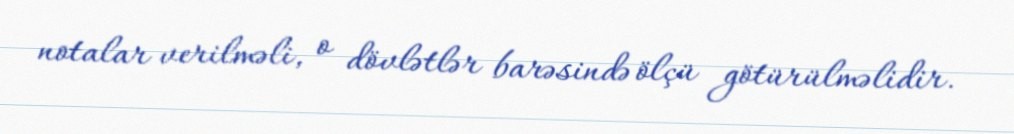
notalar verilməli, o dövlətlər barəsində ölçü götürülməlidir.